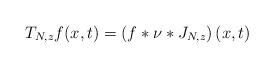
LaTeX: \begin{align*}T_{N,z}f(x,t)=\left( f\ast \nu \ast J_{N,z}\right) (x,t) \end{align*}